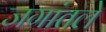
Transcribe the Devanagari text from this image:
जगांतले